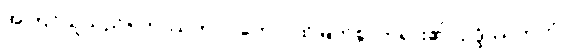
အကြင်သူသည်။ တဿဘဂဝတော၊ ထိုမြတ်စွာဘုရား၏။ ဥဒ္ဒိဿကတံ၊